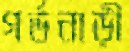
গর্ভনাড়ী